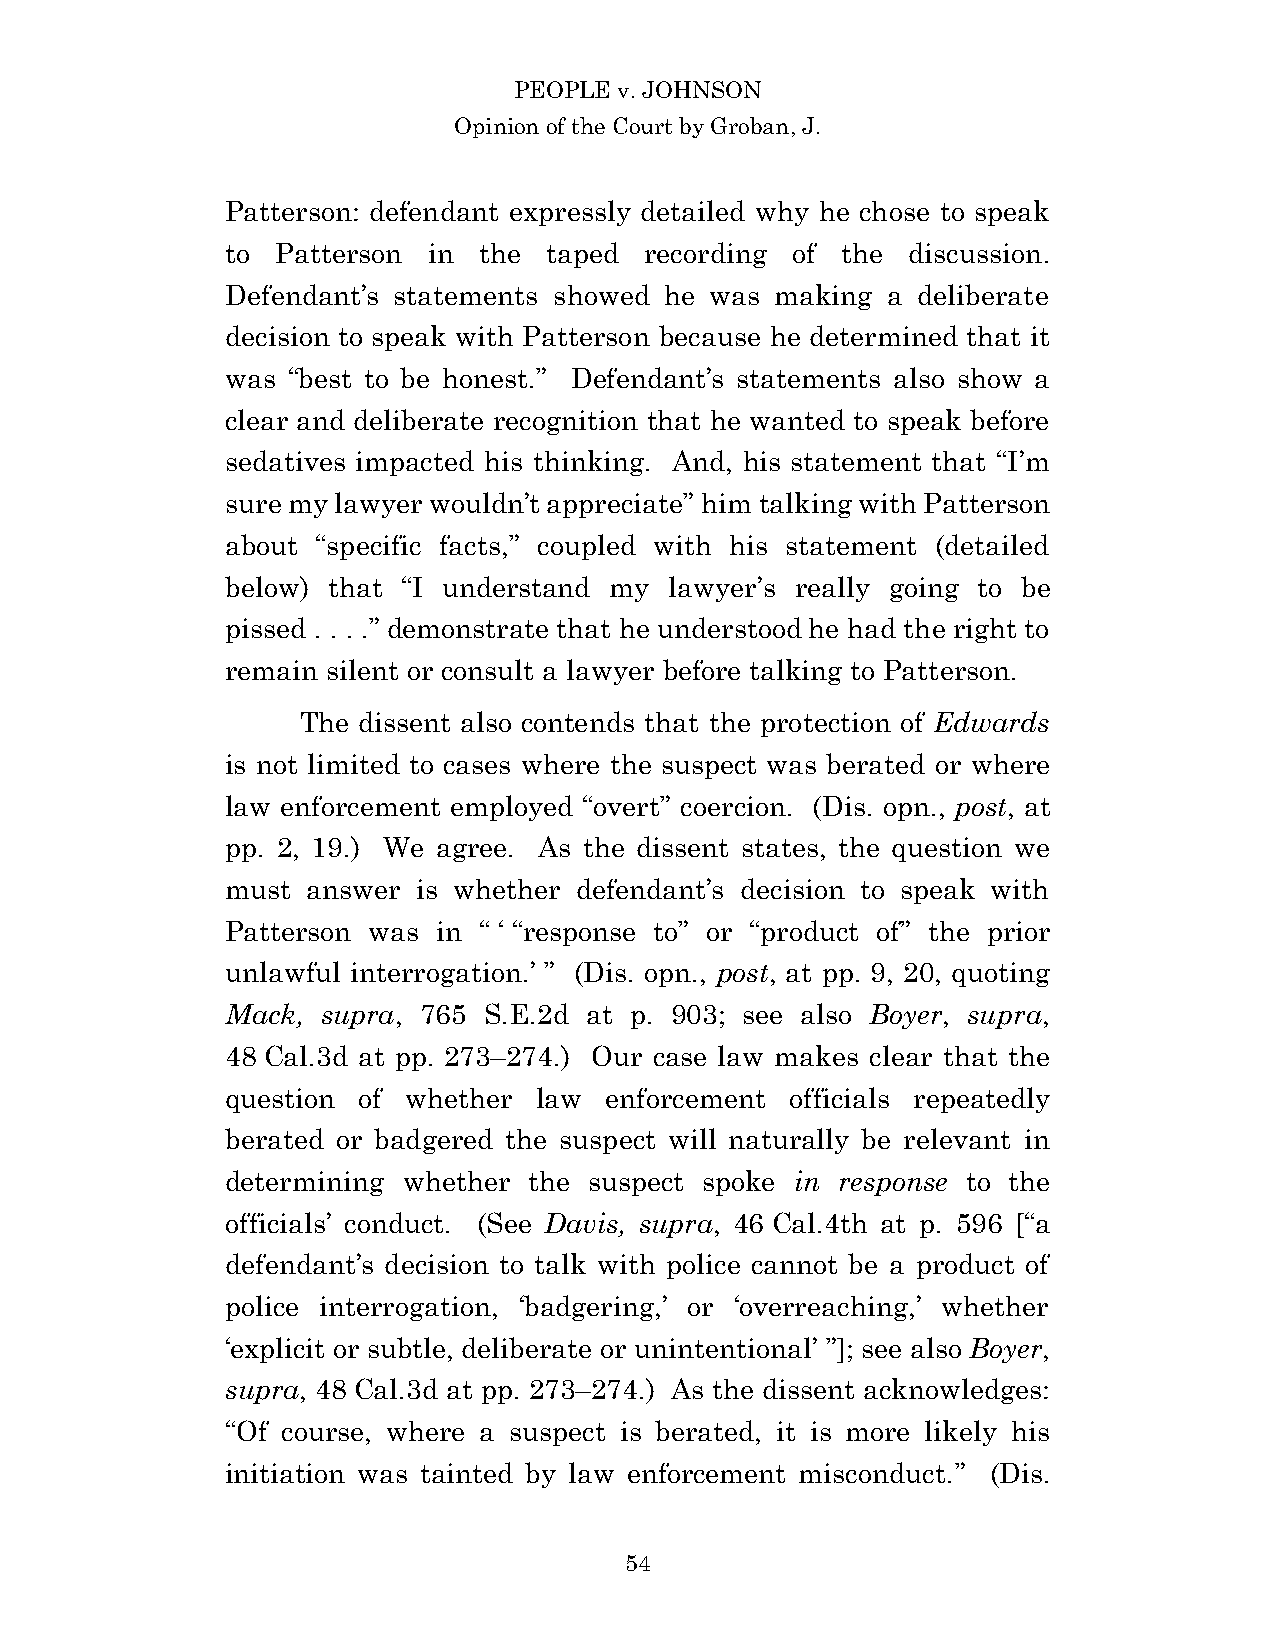
PEOPLE v. JOHNSON
 Opinion of the Court by Groban, J.
 Patterson: defendant expressly detailed why he chose to speak
 to Patterson in  the taped  recording of the discussion.
 Defendant’s statements showed he was making a deliberate
 decision to speak with Patterson because he determined that it
 was “best to be honest.” Defendant’s statements also show a
 clear and deliberate recognition that he wanted to speak before
 sedatives impacted his thinking. And, his statement that “I’m
 sure my lawyer wouldn’t appreciate” him talking with Patterson
 about “specific facts,” coupled with his statement (detailed
 below) that “I understand my lawyer’s really going to be
 pissed . . . .” demonstrate that he understood he had the right to
 remain silent or consult a lawyer before talking to Patterson.
 The dissent also contends that the protection of Edwards
 is not limited to cases where the suspect was berated or where
 law enforcement employed “overt” coercion. (Dis. opn., post, at
 pp. 2, 19.) We agree. As the dissent states, the question we
 must answer  is whether defendant’s decision to speak with
 Patterson was in “ ‘ “response to” or “product of” the prior
 unlawful interrogation.’ ” (Dis. opn., post, at pp. 9, 20, quoting
 Mack, supra, 765 S.E.2d at p. 903; see also Boyer, supra,
 48 Cal.3d at pp. 273–274.) Our case law makes clear that the
 question of whether law  enforcement officials repeatedly
 berated or badgered the suspect will naturally be relevant in
 determining whether the suspect spoke in response to the
 officials’ conduct. (See Davis, supra, 46 Cal.4th at p. 596 [“a
 defendant’s decision to talk with police cannot be a product of
 police interrogation, ‘badgering,’ or ‘overreaching,’ whether
 ‘explicit or subtle, deliberate or unintentional’ ”]; see also Boyer,
 supra, 48 Cal.3d at pp. 273–274.) As the dissent acknowledges:
 “Of course, where a suspect is berated, it is more likely his
 initiation was tainted by law enforcement misconduct.” (Dis.
 5 4